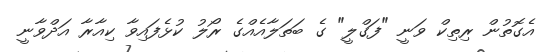
އެގޮތުން ރިތިކް ވަނީ "ފަގްލީ" ގެ ބަތަލާއެއްގެ ރޯލު ކުޅެފައިވާ ކިއާރާ އަދްވާނީ